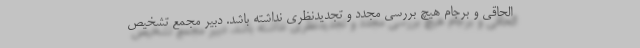
الحاقی و برجام هیچ بررسی مجدد و تجدیدنظری نداشته باشد. دبیر مجمع تشخیص